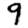
Digit: 9